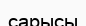
сарысы